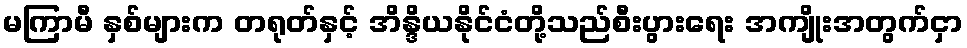
မကြာမီ နှစ်များက တရုတ်နှင့် အိန္ဒိယနိုင်ငံတို့သည်စီးပွားရေး အကျိုးအတွက်ငှာ